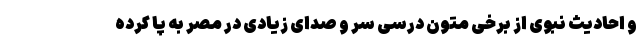
و احادیث نبوی از برخی متون درسی سر و صدای زیادی در مصر به پا کرده